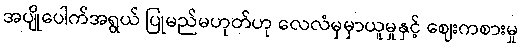
အပျိုပေါက်အရွယ် ပြုမည်မဟုတ်ဟု လေလံမှမှာယူမှုနှင့် ဈေးကစားမှု